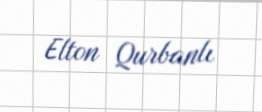
Elton Qurbanlı